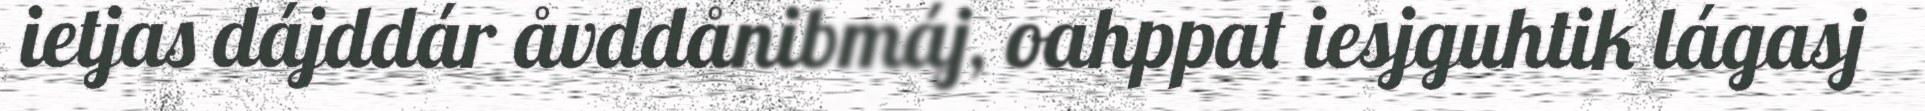
ietjas dájddár åvddånibmáj, oahppat iesjguhtik lágasj